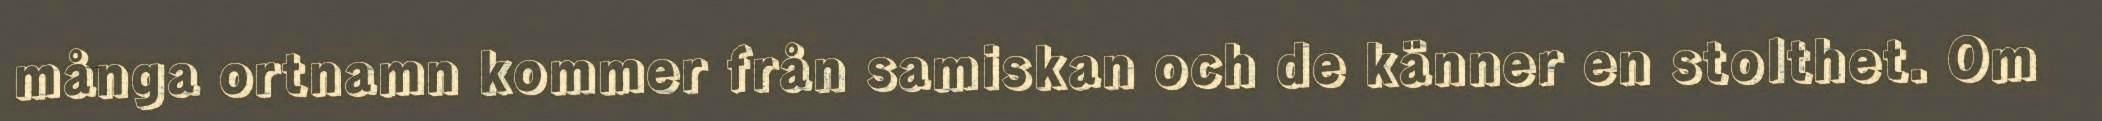
många ortnamn kommer från samiskan och de känner en stolthet. Om